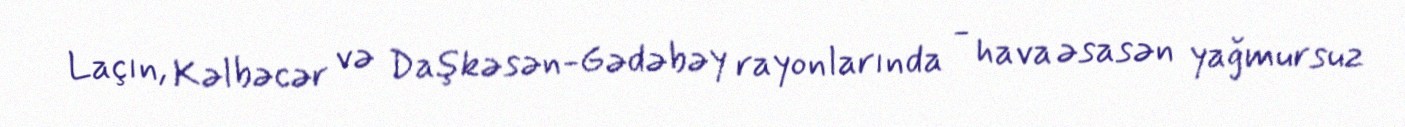
Laçın, Kəlbəcər və Daşkəsən-Gədəbəy rayonlarında - hava əsasən yağmursuz